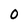
Character: O